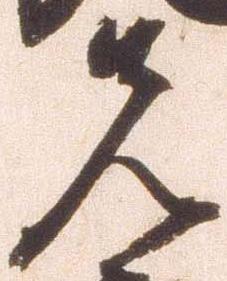
先